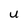
Character: U